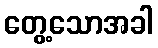
တွေ့သောအခါ